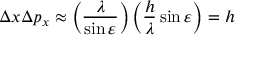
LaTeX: \Delta x \Delta p _ { x } \approx \left( { \frac { \lambda } { \sin \varepsilon } } \right) \left( { \frac { h } { \lambda } } \sin \varepsilon \right) = h